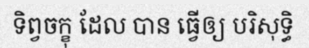
ទិព្វចក្ខុ ដែល បាន ធ្វើឲ្យ បរិសុទ្ធិ